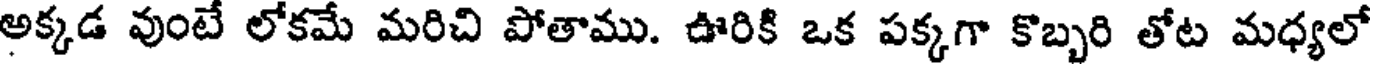
అక్కడ వుంటే లోకమే మరిచి పోతాము. ఊరికి ఒక పక్కగా కొబ్బరి తోట మధ్యలో